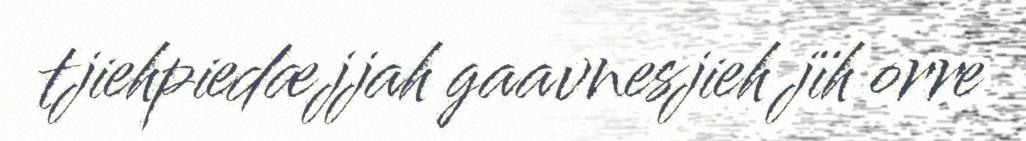
tjiehpiedæjjah gaavnesjieh jïh orre